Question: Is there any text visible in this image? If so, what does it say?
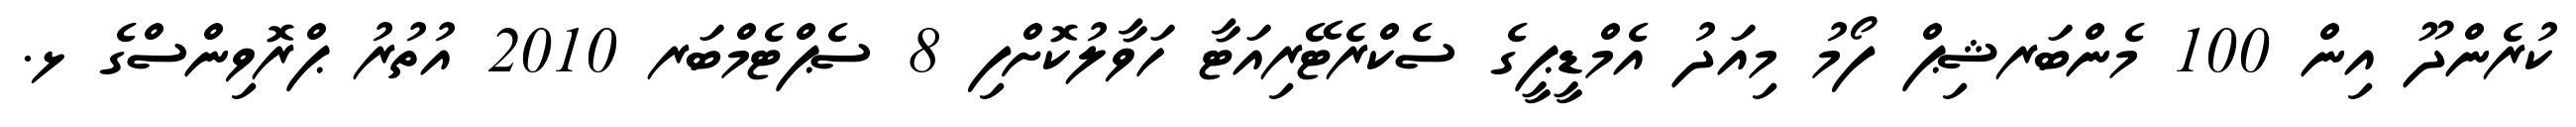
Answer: ކުރެންދޫ އިން 100 މެންބަރޝިޕް ފޯމު މިއަދު އެމްޑީޕީގެ ސެކްރެޓޭރިއަޓާ ހަވާލުކޮށްފި 8 ސެޕްޓެމްބަރ 2010 އުތުރު ޕްރޮވިންސްގެ ޅ.